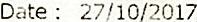
DATE : 27/10/2017